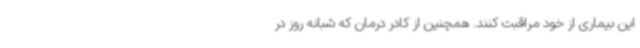
این بیماری از خود مراقبت کنند. همچنین از کادر درمان که شبانه روز در